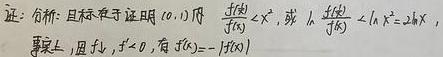
证: 分析: 目标在于证明 $(0,+\infty)$ 内 $\frac{f(x)}{x}<x^{2}$, 或 $\frac{f(x)}{x}-x^{2}<2 k x$,
事实上, 因 $f(-x)=-f(x)$ 。